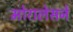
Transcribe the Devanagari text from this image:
मोरालेसने